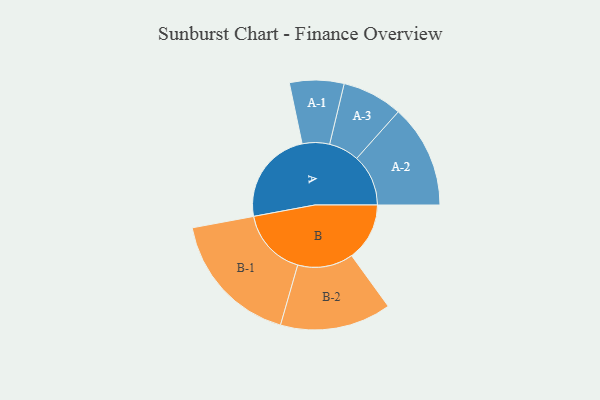
{"axis": {"x": "Segment", "y": "Value"}, "legend": ["", "A", "B"], "data": [{"x": "A", "y": 408, "type": ""}, {"x": "B", "y": 249, "type": ""}, {"x": "A-1", "y": 117, "type": "A"}, {"x": "A-2", "y": 222, "type": "A"}, {"x": "A-3", "y": 130, "type": "A"}, {"x": "B-1", "y": 292, "type": "B"}, {"x": "B-2", "y": 239, "type": "B"}]}